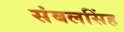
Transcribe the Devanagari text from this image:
संबलसिंह